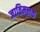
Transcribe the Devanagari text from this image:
जातिमूलक